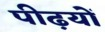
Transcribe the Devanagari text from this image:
पीढ़यों